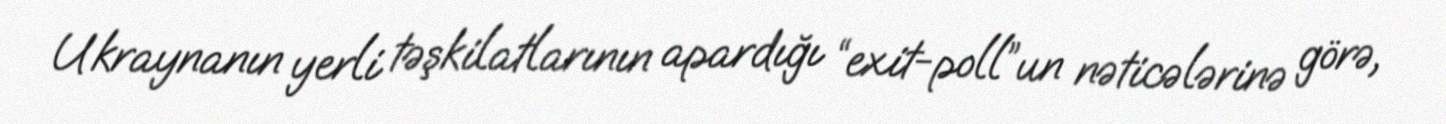
Ukraynanın yerli təşkilatlarının apardığı “exit-poll”un nəticələrinə görə,